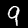
Digit: 9